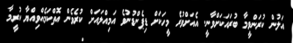
އަލުން ކުރަންވީމާ ބުރައަކަށްވާނީ. އެއަށްވުރެ މީހަކަށް ޑިޕެންޑުނުވެ އަމިއްލައަށް ކުރެވެން އޮތްކަމެއްވިއްޔާ ކުރީމާ